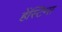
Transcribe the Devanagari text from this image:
हेंस्टिग्स